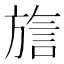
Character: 𬀍